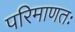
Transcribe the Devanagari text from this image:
परिमाणतः